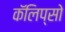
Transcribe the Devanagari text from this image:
कॅलिप्सो